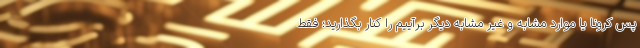
پس کرونا یا موارد مشابه و غیر مشابه دیگر برآییم را کنار بگذارید؛ فقط